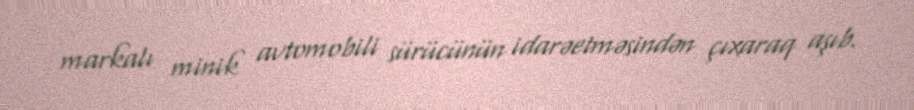
markalı minik avtomobili sürücünün idarəetməsindən çıxaraq aşıb.